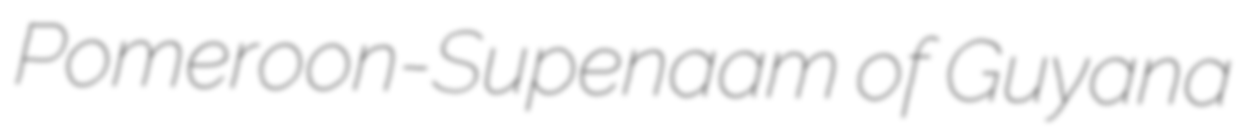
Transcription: Pomeroon-Supenaam of Guyana